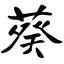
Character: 葵